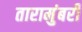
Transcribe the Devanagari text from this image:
तारामुंबरी